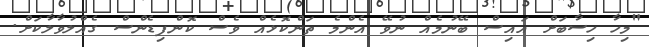
"މިހާ ހިސާބަށް އައިސް ބޭނުމެއް ނުވޭ އެންމެ ތަންކޮޅެއް ވެސް ކޮންފިޑެންސް ގެއްލުވާލާކަށް.